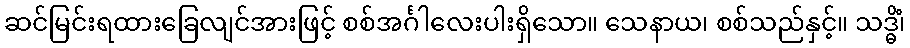
ဆင်မြင်းရထားခြေလျင်အားဖြင့် စစ်အင်္ဂါလေးပါးရှိသော။ သေနာယ၊ စစ်သည်နှင့်။ သဒ္ဓိံ၊